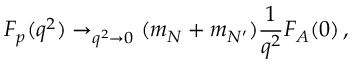
F _ { p } ( q ^ { 2 } ) \to _ { q ^ { 2 } \rightarrow 0 } ( m _ { N } + m _ { N ^ { \prime } } ) \frac { 1 } { q ^ { 2 } } F _ { A } ( 0 ) \, ,